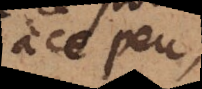
ce peu,